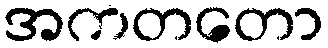
အကတတော